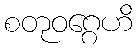
စတုဝဂ္ဂေဟိ